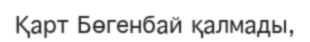
Қарт Бөгенбай қалмады,